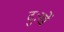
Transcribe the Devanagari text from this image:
दुःखें